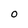
Character: O